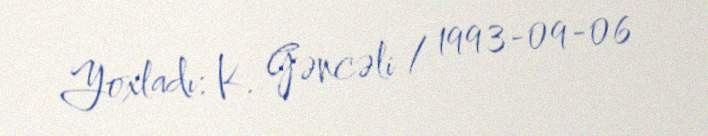
Yoxladı: K. Gəncəli / 1993-09-06